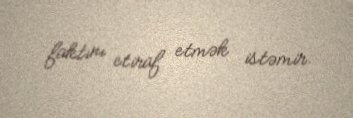
faktını etiraf etmək istəmir.